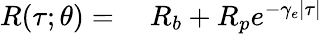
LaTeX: \begin{array}{rl}{R(\tau;\theta){}={}}&{{}R_{b}+R_{p}e^{-\gamma_{e}|\tau|}}\end{array}